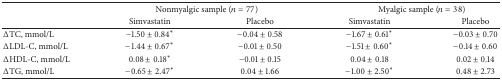
<table><thead><tr><td><b> </b></td><td colspan="2"><b>Nonmyalgic sample (<i>n</i> = 77)</b></td><td colspan="2"><b>Myalgic sample (<i>n</i> = 38)</b></td></tr><tr><td><b> </b></td><td><b>Simvastatin</b></td><td><b>Placebo</b></td><td><b>Simvastatin</b></td><td><b>Placebo</b></td></tr></thead><tbody><tr><td>ΔTC, mmol/L</td><td>−1.50 ± 0.84<sup><i>∗</i></sup></td><td>−0.04 ± 0.58</td><td>−1.67 ± 0.61<sup><i>∗</i></sup></td><td>−0.03 ± 0.70</td></tr><tr><td>ΔLDL-C, mmol/L</td><td>−1.44 ± 0.67<sup><i>∗</i></sup></td><td>−0.01 ± 0.50</td><td>−1.51 ± 0.60<sup><i>∗</i></sup></td><td>−0.14 ± 0.60</td></tr><tr><td>ΔHDL-C, mmol/L</td><td>0.08 ± 0.18<sup><i>∗</i></sup></td><td>−0.01 ± 0.15</td><td>0.04 ± 0.18</td><td>0.02 ± 0.14</td></tr><tr><td>ΔTG, mmol/L</td><td>−0.65 ± 2.47<sup><i>∗</i></sup></td><td>0.04 ± 1.66</td><td>−1.00 ± 2.50<sup><i>∗</i></sup></td><td>0.48 ± 2.73</td></tr></tbody></table>